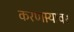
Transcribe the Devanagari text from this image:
करणार्‍यावर